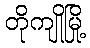
တိုကျိုမြို့